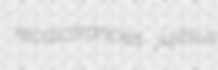
recalcitrancies jujitsus